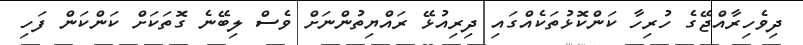
ދިވެހިރާއްޖޭގެ ހުރިހާ ކަންކޮޅުތަކެއްގައި ދިރިއުޅޭ ރައްޔިތުންނަށް ވެސް ލިބޭނެ ގޮތަކަށް ކަންކަން ފަހި